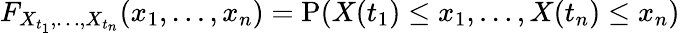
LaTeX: F_{X_{t_{1}},\ldots,X_{t_{n}}}(x_{1},\ldots,x_{n})=\mathrm{P}(X(t_{1})\leq x_{1},\ldots,X(t_{n})\leq x_{n})